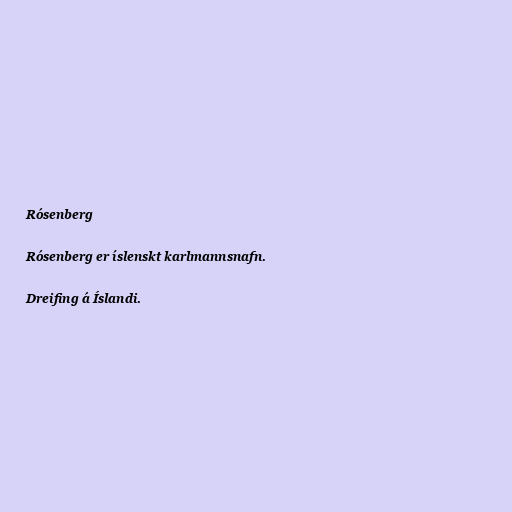
Rósenberg

Rósenberg er íslenskt karlmannsnafn.

Dreifing á Íslandi.